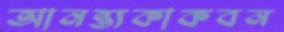
আনন্ত্যকাকবন